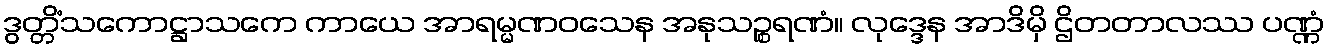
ဒွတ္တိံသကောဋ္ဌာသကေ ကာယေ အာရမ္မဏဝသေန အနုသဉ္စရဏံ။ လုဒ္ဒေန အာဒိမှိ ဌိတတာလဿ ပဏ္ဏံ